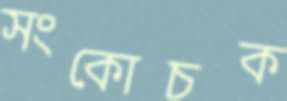
সংকোচক